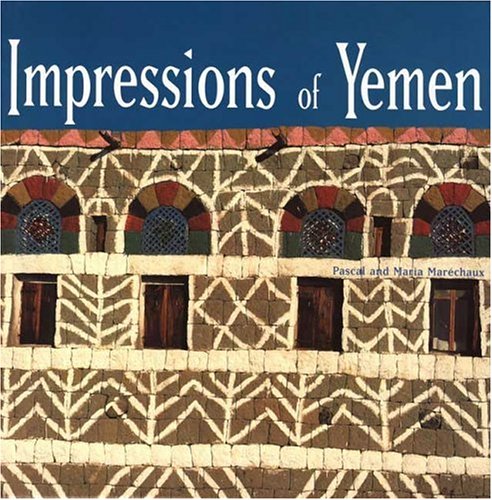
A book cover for Impressions of Yemen; Pascal Marechaux; History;